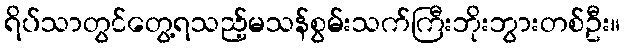
ရိပ်သာတွင်တွေ့ရသည့်မသန်စွမ်းသက်ကြီးဘိုးဘွားတစ်ဦး။